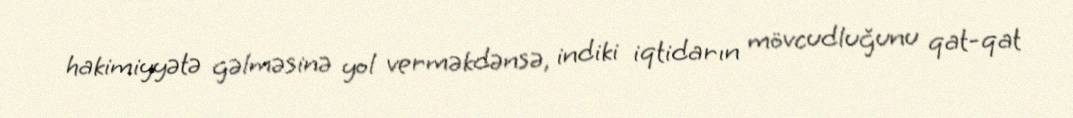
hakimiyyətə gəlməsinə yol verməkdənsə, indiki iqtidarın mövcudluğunu qat-qat